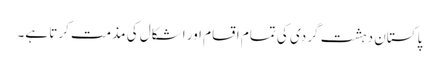
پاکستان دہشت گردی کی تمام اقسام اور اشکال کی مذمت کرتا ہے۔